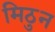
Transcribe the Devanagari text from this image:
मिठुन